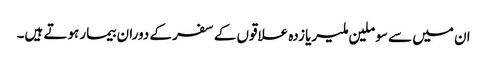
ان میں سے سو ملین ملیریا زدہ علاقوں کے سفر کے دوران بیمار ہوتے ہیں۔